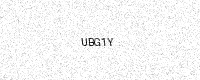
Text: UBG1Y